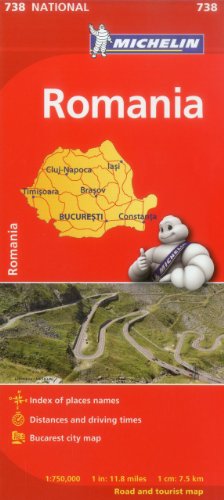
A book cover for Michelin Romania Map 738 (Maps/Country (Michelin)); Michelin Travel & Lifestyle; Travel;